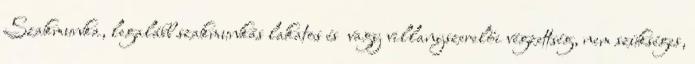
Szakmunka, legalább szakmunkás lakatos és vagy villanyszerelői végzettség, nem szükséges,